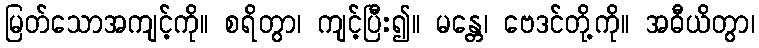
မြတ်သောအကျင့်ကို။ စရိတွာ၊ ကျင့်ပြီး၍။ မန္တေ၊ ဗေဒင်တို့ကို။ အဓီယိတွာ၊